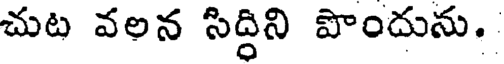
చుట వలన సిద్దిని పొందును.